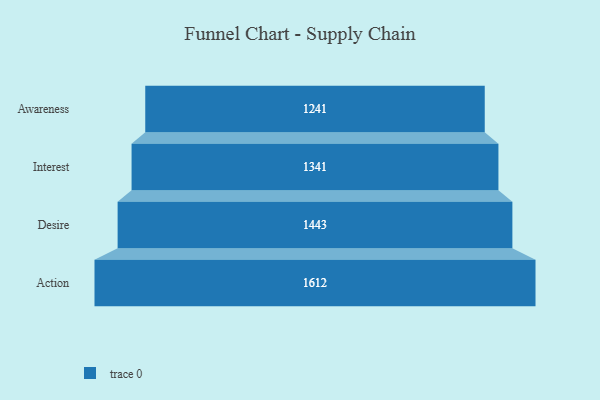
{"axis": {"x": "Stage", "y": "Value"}, "legend": [""], "data": [{"x": "Awareness", "y": 1241.0, "type": ""}, {"x": "Interest", "y": 1341.0, "type": ""}, {"x": "Desire", "y": 1443.0, "type": ""}, {"x": "Action", "y": 1612.0, "type": ""}]}